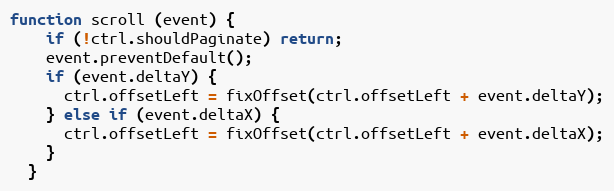
Language: JavaScript
function scroll (event) {
    if (!ctrl.shouldPaginate) return;
    event.preventDefault();
    if (event.deltaY) {
      ctrl.offsetLeft = fixOffset(ctrl.offsetLeft + event.deltaY);
    } else if (event.deltaX) {
      ctrl.offsetLeft = fixOffset(ctrl.offsetLeft + event.deltaX);
    }
  }